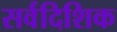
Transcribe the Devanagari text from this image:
सर्वदिशिक